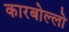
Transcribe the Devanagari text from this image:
कारबोल्लो